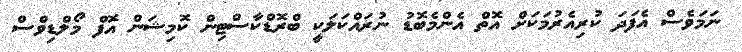
ނަމަވެސް އެފަދަ ކުރިއެރުމަކަށް އޮތް އެންމެބޮޑު ނުރައްކަލަކީ ބްރޮޑްކާސްޓިން ކޮމިޝަން އޮފް މޯލްޑިވްސް